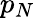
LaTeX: p_{N}